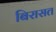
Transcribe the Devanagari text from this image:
बिरासत